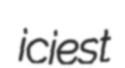
iciest